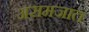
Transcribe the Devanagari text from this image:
असमजात